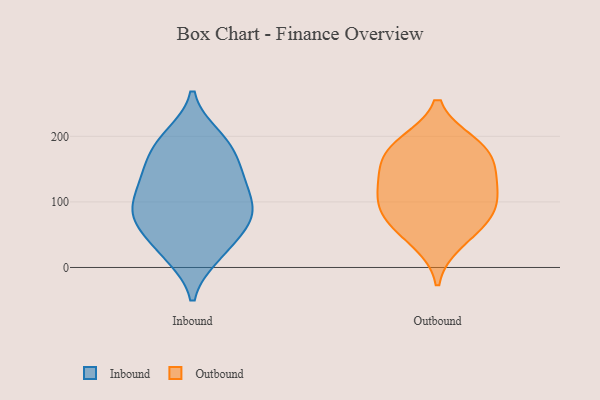
{"axis": {"x": "Conversion Rate (%)", "y": "Value"}, "legend": ["Inbound", "Outbound"], "data": [{"x": "", "y": 30, "type": "Inbound"}, {"x": "", "y": 112, "type": "Inbound"}, {"x": "", "y": 75, "type": "Inbound"}, {"x": "", "y": 18, "type": "Inbound"}, {"x": "", "y": 127, "type": "Inbound"}, {"x": "", "y": 62, "type": "Inbound"}, {"x": "", "y": 175, "type": "Inbound"}, {"x": "", "y": 139, "type": "Inbound"}, {"x": "", "y": 19, "type": "Inbound"}, {"x": "", "y": 85, "type": "Inbound"}, {"x": "", "y": 104, "type": "Inbound"}, {"x": "", "y": 192, "type": "Inbound"}, {"x": "", "y": 78, "type": "Inbound"}, {"x": "", "y": 148, "type": "Inbound"}, {"x": "", "y": 82, "type": "Inbound"}, {"x": "", "y": 147, "type": "Inbound"}, {"x": "", "y": 200, "type": "Inbound"}, {"x": "", "y": 192, "type": "Inbound"}, {"x": "", "y": 67, "type": "Inbound"}, {"x": "", "y": 182, "type": "Outbound"}, {"x": "", "y": 39, "type": "Outbound"}, {"x": "", "y": 88, "type": "Outbound"}, {"x": "", "y": 68, "type": "Outbound"}, {"x": "", "y": 189, "type": "Outbound"}, {"x": "", "y": 114, "type": "Outbound"}, {"x": "", "y": 113, "type": "Outbound"}, {"x": "", "y": 150, "type": "Outbound"}, {"x": "", "y": 77, "type": "Outbound"}, {"x": "", "y": 140, "type": "Outbound"}, {"x": "", "y": 178, "type": "Outbound"}]}